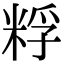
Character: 粰